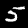
Label: 5